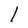
Character: l